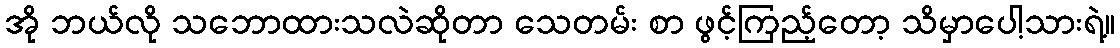
အို ဘယ်လို သဘောထားသလဲဆိုတာ သေတမ်း စာ ဖွင့်ကြည့်တော့ သိမှာပေါ့သားရဲ့။